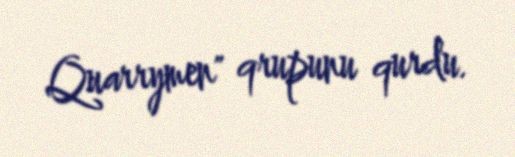
Quarrymen" qrupunu qurdu.